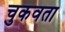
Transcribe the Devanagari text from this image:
चुकवता